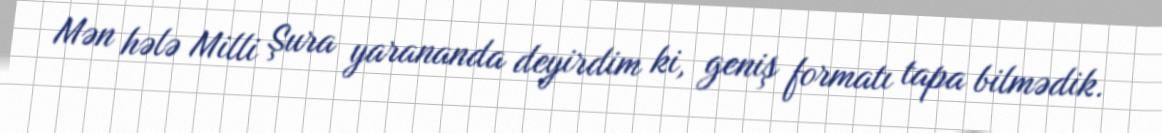
Mən hələ Milli Şura yarananda deyirdim ki, geniş formatı tapa bilmədik.